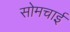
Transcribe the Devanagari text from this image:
सोमचाई